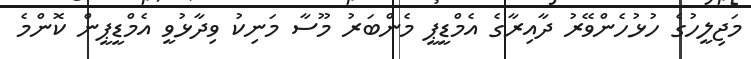
މަޖިލީހުގެ ހުޅުހެންވޭރު ދާއިރާގެ އެމްޑީޕީ މެންބަރު މޫސާ މަނިކު ވިދާޅުވީ އެމްޑީޕީން ކޮންމެ